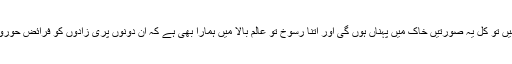
دونوں دربان حیسناؤں کی نسبت یہ سوچ کر دل کو تسلی دی کہ آج نہیں تو کل یہ صورتیں خاک میں پہناں ہوں گی اور اتنا رسوخ تو عالمِ بالا میں ہمارا بھی ہے کہ ان دونوں پری زادوں کو فرائض حوروں کے انجام دینے پر مامور کرا دیں – بس پھر اللہ دے اور بندہ لے!